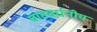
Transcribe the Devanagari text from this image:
घातवर्धनीय